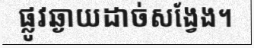
ផ្លូវឆ្ងាយដាច់សង្វែង។